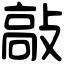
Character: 敲